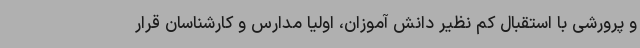
و پرورشی با استقبال کم نظیر دانش آموزان، اولیا مدارس و کارشناسان قرار